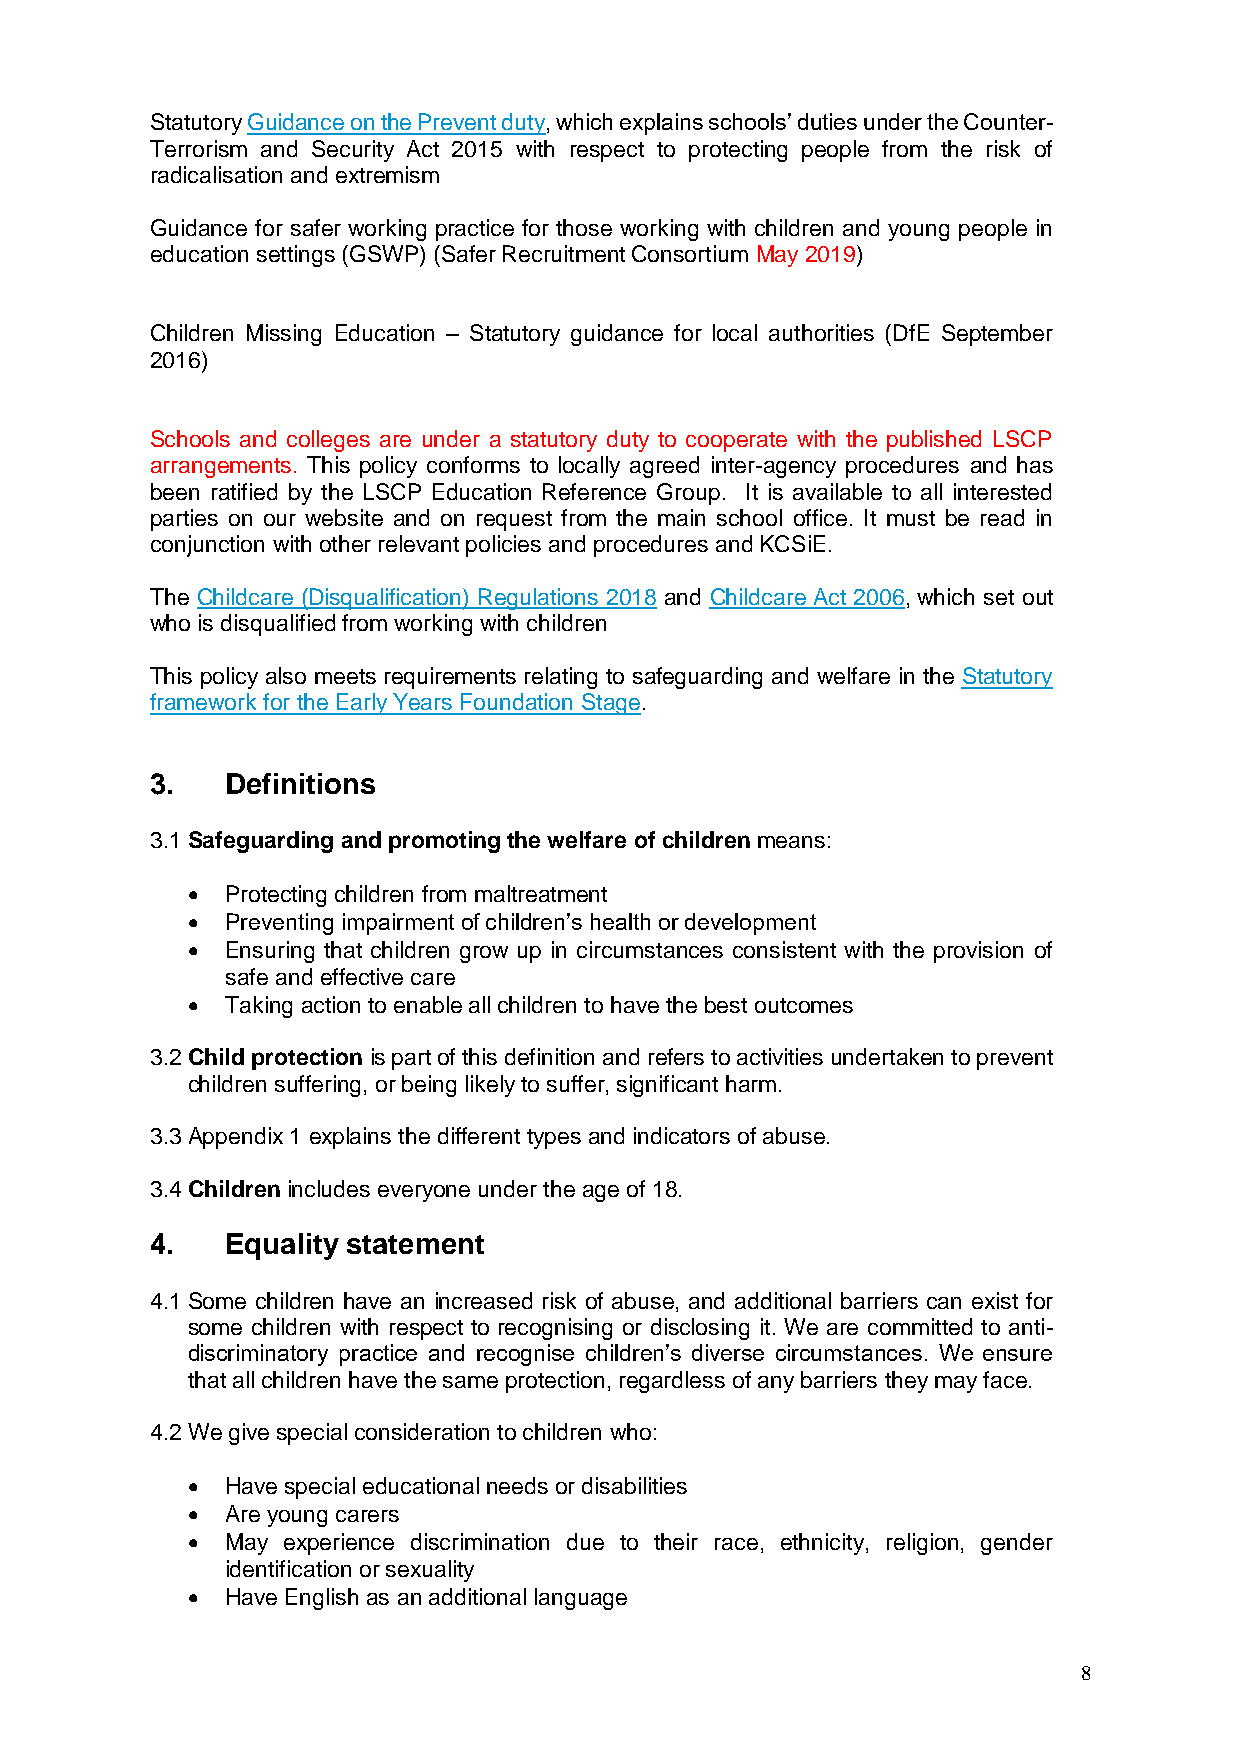
Statutory Guidance on the Prevent duty, which explains schools’ duties under the Counter-
 Terrorism and Security Act 2015 with respect to protecting people from the risk of
 radicalisation and extremism
 Guidance for safer working practice for those working with children and young people in
 education settings (GSWP) (Safer Recruitment Consortium May 2019)
 Children Missing Education – Statutory guidance for local authorities (DfE September
 2016)
 Schools and colleges are under a statutory duty to cooperate with the published LSCP
 arrangements. This policy conforms to locally agreed inter-agency procedures and has
 been ratified by the LSCP Education Reference Group. It is available to all interested
 parties on our website and on request from the main school office. It must be read in
 conjunction with other relevant policies and procedures and KCSiE.
 The Childcare (Disqualification) Regulations 2018 and Childcare Act 2006, which set out
 who is disqualified from working with children
 This policy also meets requirements relating to safeguarding and welfare in the Statutory
 framework for the Early Years Foundation Stage.
 3.   Definitions
 3.1 Safeguarding and promoting the welfare of children means:
   Protecting children from maltreatment
   Preventing impairment of children’s health or development
   Ensuring that children grow up in circumstances consistent with the provision of
 safe and effective care
   Taking action to enable all children to have the best outcomes
 3.2 Child protection is part of this definition and refers to activities undertaken to prevent
 children suffering, or being likely to suffer, significant harm.
 3.3 Appendix 1 explains the different types and indicators of abuse.
 3.4 Children includes everyone under the age of 18.
 4.   Equality statement
 4.1 Some children have an increased risk of abuse, and additional barriers can exist for
 some children with respect to recognising or disclosing it. We are committed to anti-
 discriminatory practice and recognise children’s diverse circumstances. We ensure
 that all children have the same protection, regardless of any barriers they may face.
 4.2 We give special consideration to children who:
   Have special educational needs or disabilities
   Are young carers
   May experience discrimination due to their race, ethnicity, religion, gender
 identification or sexuality
   Have English as an additional language
 8